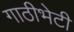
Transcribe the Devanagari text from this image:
गाठीभेटी